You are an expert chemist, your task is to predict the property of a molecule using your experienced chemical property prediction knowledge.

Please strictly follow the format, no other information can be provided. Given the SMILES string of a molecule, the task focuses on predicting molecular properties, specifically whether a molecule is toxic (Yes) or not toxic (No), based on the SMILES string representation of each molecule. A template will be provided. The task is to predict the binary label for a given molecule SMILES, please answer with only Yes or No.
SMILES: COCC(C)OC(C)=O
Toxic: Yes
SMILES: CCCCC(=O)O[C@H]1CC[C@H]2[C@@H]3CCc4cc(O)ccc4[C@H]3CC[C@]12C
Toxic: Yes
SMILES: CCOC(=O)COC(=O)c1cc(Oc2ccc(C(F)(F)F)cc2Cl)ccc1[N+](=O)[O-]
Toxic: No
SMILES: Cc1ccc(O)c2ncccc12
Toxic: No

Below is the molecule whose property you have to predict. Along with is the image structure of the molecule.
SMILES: O=C([O-])CC(O)C(=O)[O-]
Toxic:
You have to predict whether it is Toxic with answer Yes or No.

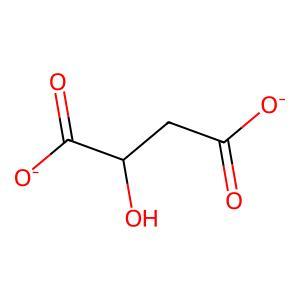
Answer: No